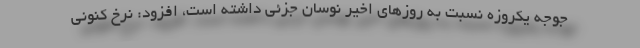
جوجه یکروزه نسبت به روزهای اخیر نوسان جزئی داشته است، افزود: نرخ کنونی